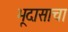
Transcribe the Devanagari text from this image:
भूदासाचा